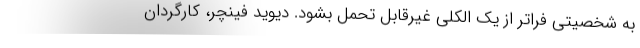
به شخصیتی فراتر از یک الکلی غیرقابل تحمل بشود. دیوید فینچر، کارگردان